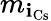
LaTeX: m_{\mathbf{i}_{\mathrm{{Cs}}}}